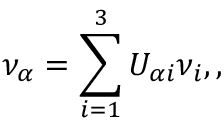
\nu _ { \alpha } = \sum _ { i = 1 } ^ { 3 } U _ { \alpha i } \nu _ { i } , ,